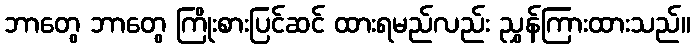
ဘာတွေ ဘာတွေ ကြိုးစားပြင်ဆင် ထားရမည်လည်း ညွှန်ကြားထားသည်။